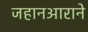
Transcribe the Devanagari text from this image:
जहानआराने